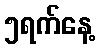
၅ရက်နေ့